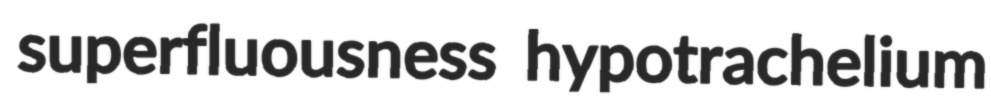
superfluousness hypotrachelium